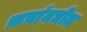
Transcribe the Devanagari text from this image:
ऋचांमधील